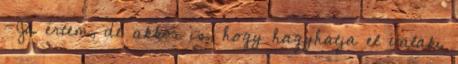
-Ja értem, de akkor is, hogy hagyhatja el valaki